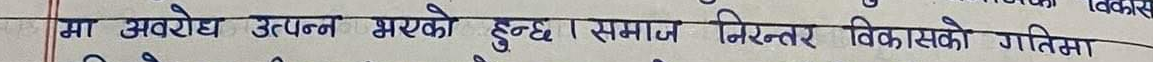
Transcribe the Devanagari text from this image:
मा अवरोध उत्पन्न भएको हुन्छ । समाज निरन्तर विकासको गतिमा